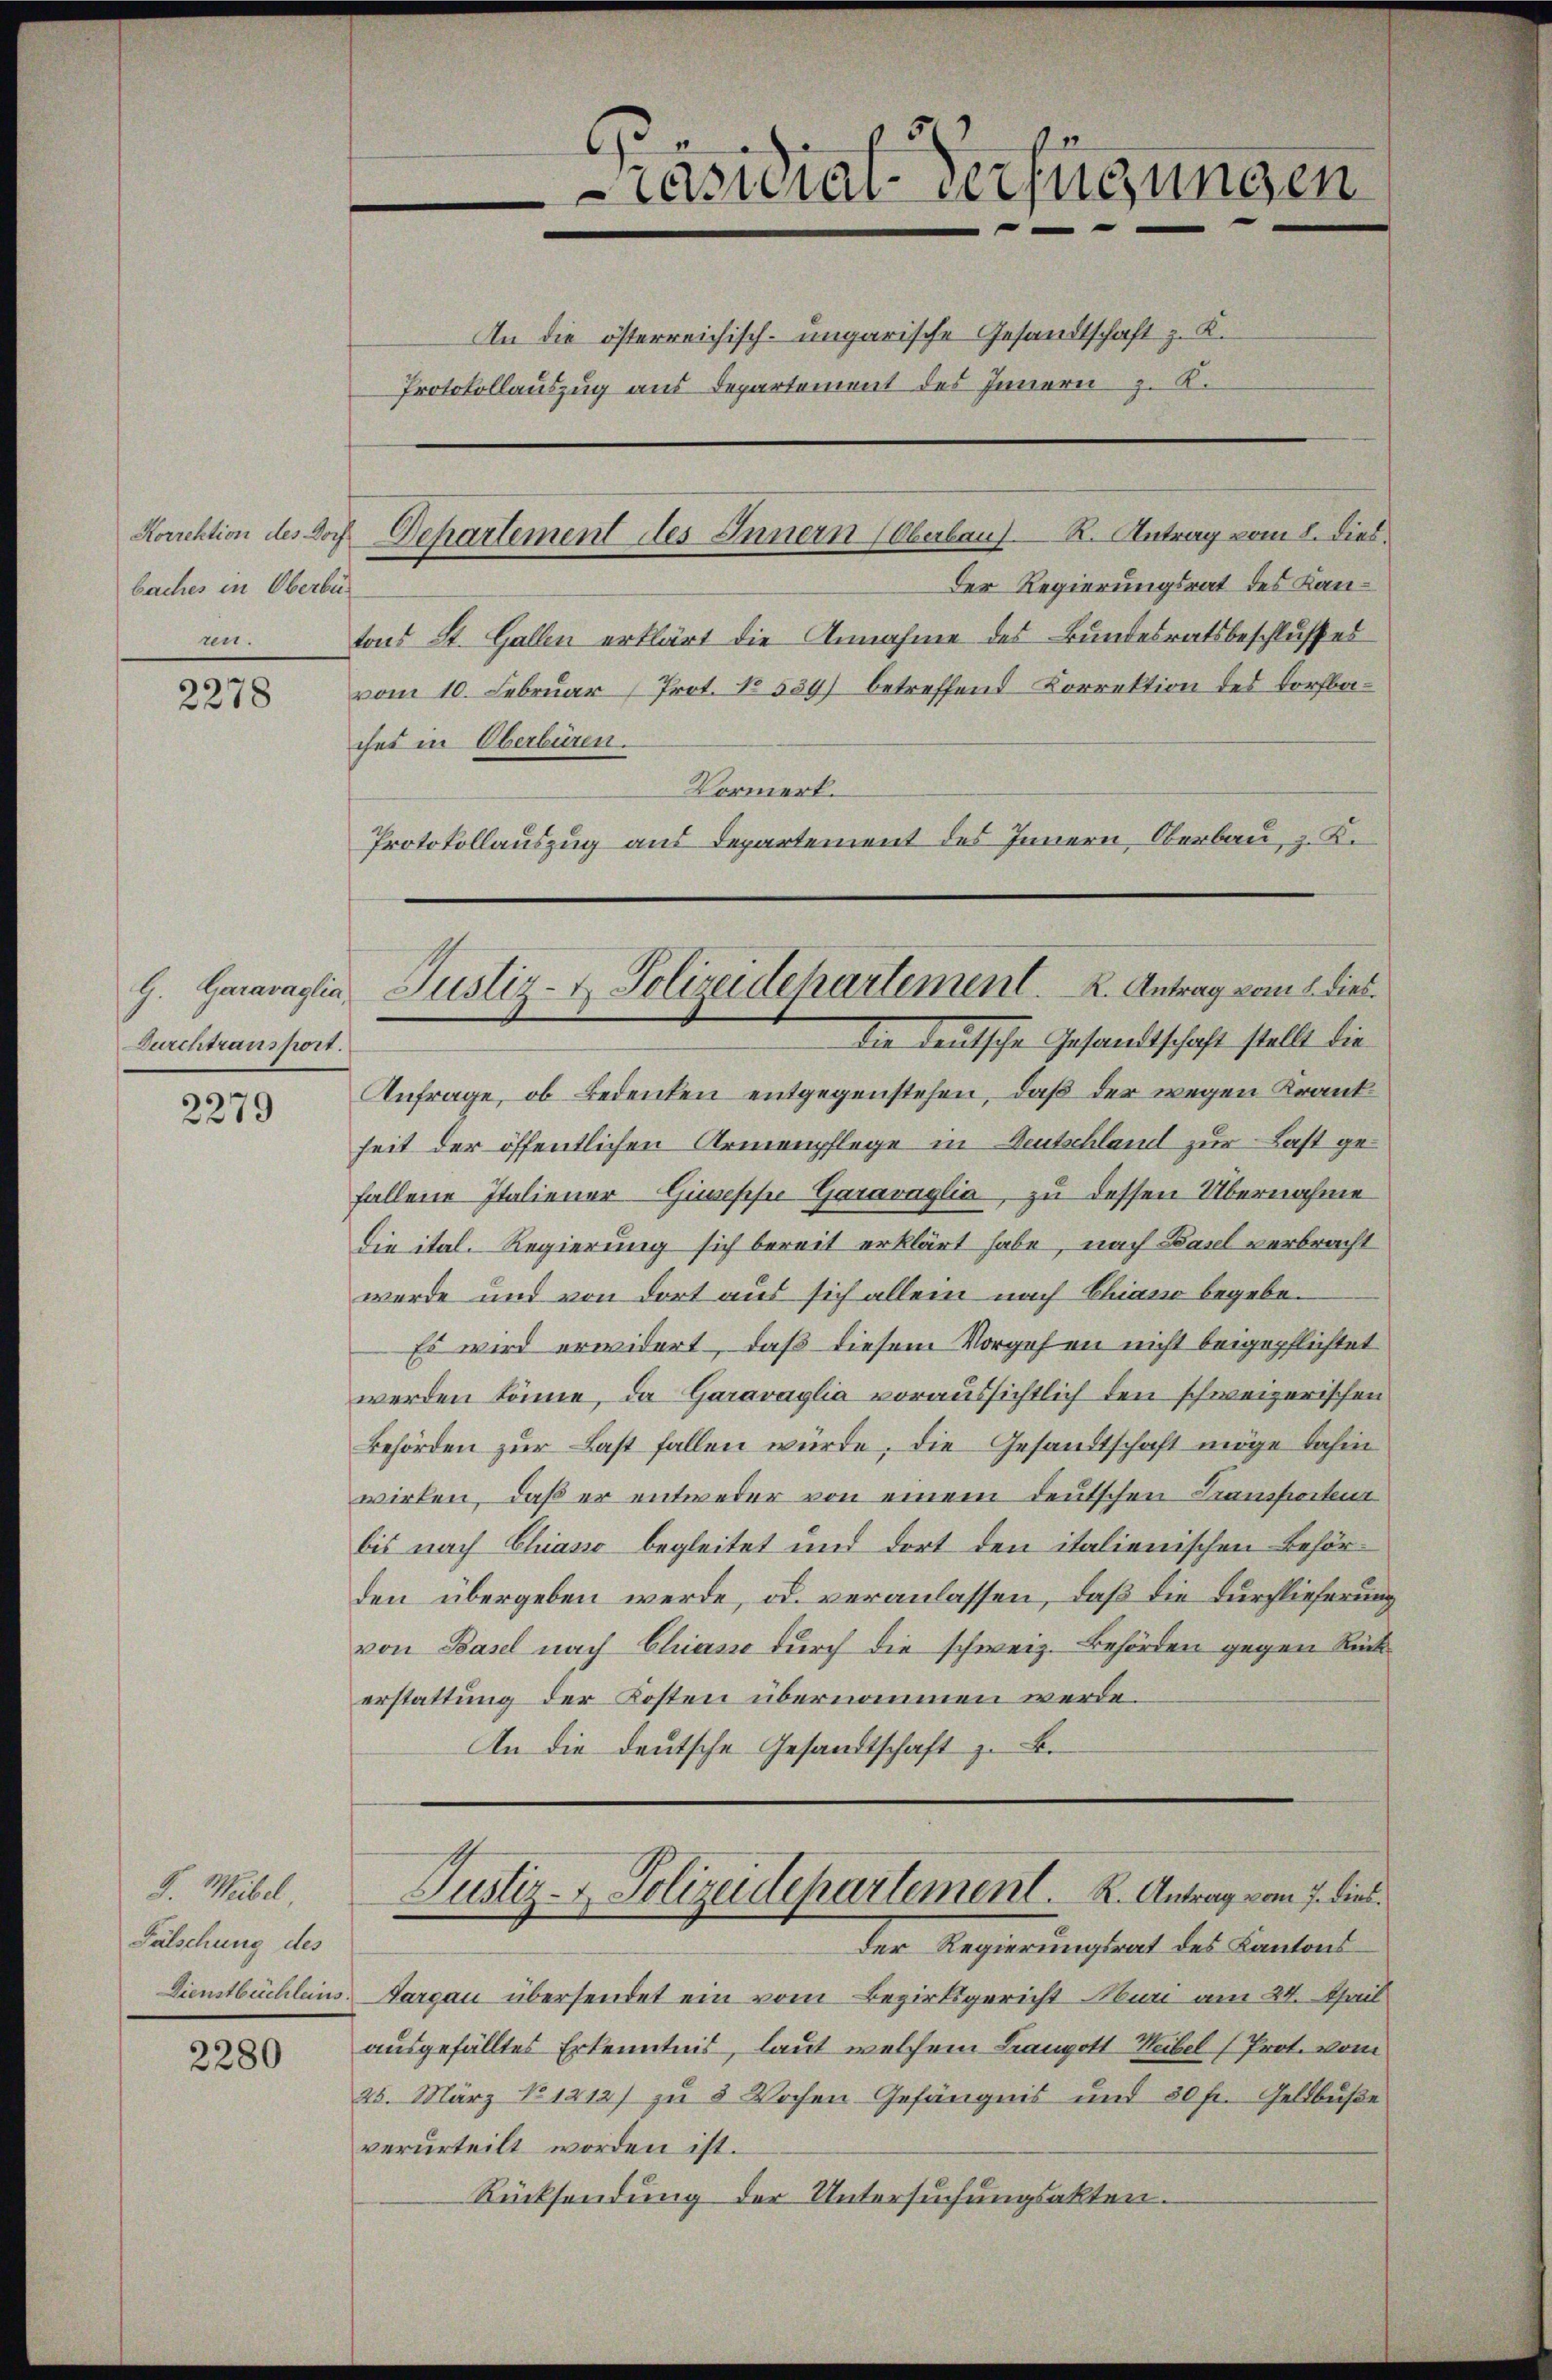
baches in Oberbi
ren.

2278

Durchtransport.

2279

J. Weibel,
Fälschung des
Dienstbüchleins.

2280

Der Regierungsrat des Kantons St. Gallen erklärt die Annahme des Bundesratsbeschlusses
vom 10. Februar (Prot. No. 559) betreffend Korrektion des Dorfbaches in Oberbüren.
Vormerk.
Protokollauszug aus Departement des Innern, Oberbau, z. K.
Anfrage, ob Bedenken entgegenstehen, daß der wegen Krankseit der öffentlichen Armenpflege in Deutschland zur Last gefallene Italiener Gimesche Garavaglia, zu dessen Übernahme
Die ital. Regierung sich bereit erklärt habe, nach Basel verbracht
werde und von dort aus sich allein nach Chiasso begebe¬
Es wird erwidert, daß diesem Vorgehen nicht beigepflichtet
werden könne, da Garavaglia voraussichtlich den schweizerischen
Behörden zur Last fallen würde, die Gesandtschaft möge dahin
wirken, daß er entweder von einem deutschen Transporten
bis nach Chiasso begleitet und dort den italienischen Behörden übergeben werde, od. veranlassen, daß die Durchlieferung
von Basel nach Chiasso durch die schweiz. Behörden gegen Rück
erstattung der Kosten übernommen werde.
An die deutsche Gesandtschaft z. B.

Casial-Verfügungen
An die österreichisch-ungarische Gesandtschaft z. K.
Protokollauszug aus Departement des Innern z. K.

Korrektion des Doch Departement des Innern (Oberbaus R. Antrag vom 8. dies

G. Garavaglia Justiz- & Polizeidepartement. K. Antrag vom 1. dies
die deutsche Gesandtschaft stellt die

der Regierungsrat des Cantons
Vargau übersendet ein vom Bezirksgericht Aburi am 24. Mail
ausgefälltes Erkenntnis, laut welchem Langott-Heibel (Prot. vom
25. März No 1212) zu 3 Wochen Gefängnis und 30 fr. Geldbuße
verurteilt worden ist.
Rücksendung der Untersuchungsakten.

Justiz- & Polizeidepartement. K. Antrag vom 7. dies